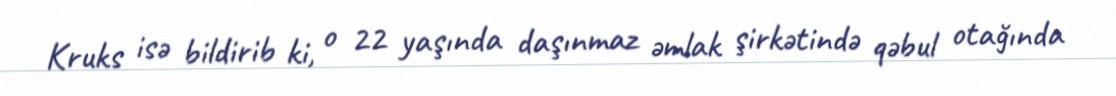
Kruks isə bildirib ki, o 22 yaşında daşınmaz əmlak şirkətində qəbul otağında